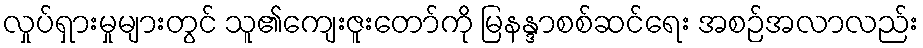
လှုပ်ရှားမှုများတွင် သူ၏ကျေးဇူးတော်ကို မြနန္ဒာစစ်ဆင်ရေး အစဉ်အလာလည်း